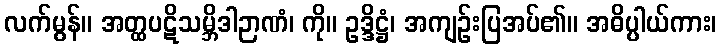
လက်မွန်။ အတ္ထပဋိသမ္ဘိဒါဉာဏံ၊ ကို။ ဥဒ္ဒိဋ္ဌံ၊ အကျဉ်းပြအပ်၏။ အဓိပ္ပါယ်ကား၊